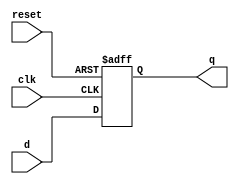
module D_FF (q, d, reset, clk);
output q;
input d, reset, clk;
reg q; // Indicate that q is stateholding
 
always @(posedge clk or posedge reset)
if (reset)
q = 0; // On reset, set to 0
else
q = d; // Otherwise out = d 
endmodule